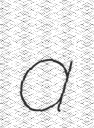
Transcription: a